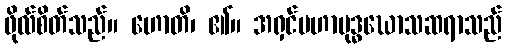
ဖိုလ်စိတ်သည်။ ဟောတိ၊ ၏။ အရှင်မဟာဗုဒ္ဓဃောသဆရာသည်